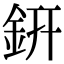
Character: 銒